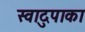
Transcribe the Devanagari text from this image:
स्वादुपाका